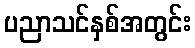
ပညာသင်နှစ်အတွင်း